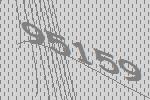
95159